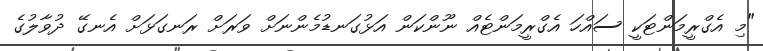
"މި އެގްރީމަންޓަކީ ސައްހަ އެގްރީމަންޓެއް ނޫންކަން އަޅުގަނޑުމެންނަށް ވަރަށް ރަނގަޅަށް އެނގޭ ދުވާލުގެ